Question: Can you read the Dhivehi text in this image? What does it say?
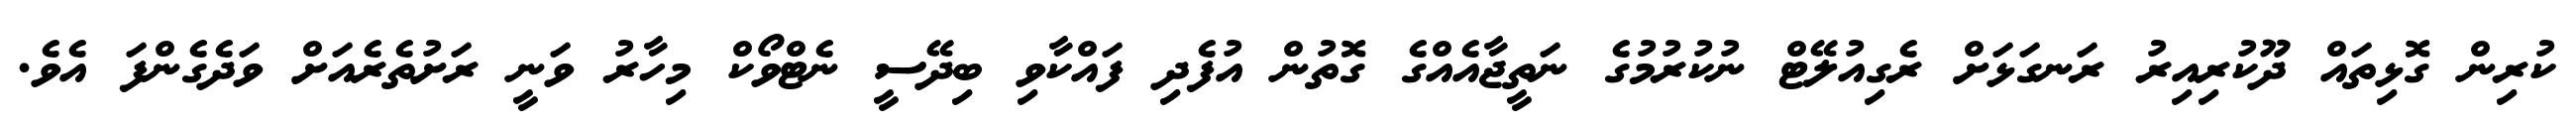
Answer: ކުރިން ގޮޅިތައް ދޫކުރިއިރު ރަނގަޅަށް ރެގިއުލޭޓް ނުކުރުމުގެ ނަތީޖާއެއްގެ ގޮތުން އުފެދި ފައްކާވި ބިދޭސީ ނެޓްވޯކް މިހާރު ވަނީ ރަށުތެރެއަށް ވަދެގެންފަ އެވެ.